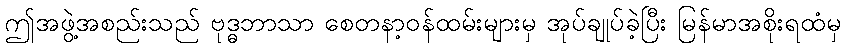
ဤအဖွဲ့အစည်းသည် ဗုဒ္ဓဘာသာ စေတနာ့ဝန်ထမ်းများမှ အုပ်ချုပ်ခဲ့ပြီး မြန်မာအစိုးရထံမှ